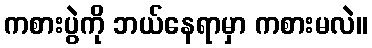
ကစားပွဲကို ဘယ်နေရာမှာ ကစားမလဲ။